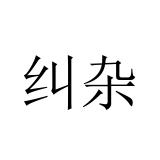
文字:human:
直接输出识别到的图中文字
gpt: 纠杂